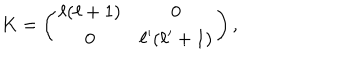
K = \left( \begin{matrix} { { \ell ( \ell + 1 ) } } & { { 0 } } \\ { { 0 } } & { { \ell ^ { \prime } ( \ell ^ { \prime } + 1 ) } } \\ \end{matrix} \right) ,